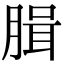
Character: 䐕